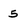
Character: 5